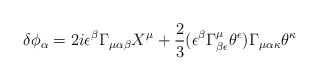
\begin{align*}\delta \phi_{\alpha} = 2i \epsilon^{\beta} \Gamma _{\mu \alpha \beta} X^{\mu}+ \frac{2}{3} (\epsilon^{\beta} \Gamma ^{\mu}_ {\beta \epsilon} \theta ^{\epsilon}) \Gamma _{\mu \alpha \kappa} \theta^{\kappa}\end{align*}